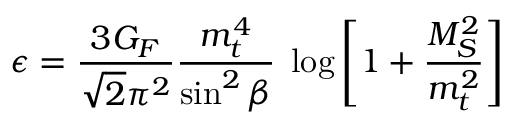
\epsilon = \frac { 3 G _ { F } } { \sqrt { 2 } \pi ^ { 2 } } \frac { m _ { t } ^ { 4 } } { \sin ^ { 2 } \beta } \; \log \left[ 1 + \frac { M _ { S } ^ { 2 } } { m _ { t } ^ { 2 } } \right]